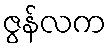
ဇွန်လက